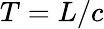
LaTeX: T=L/c